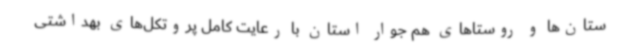
ستان‌ها و روستاهای هم جوار استان با رعایت کامل پروتکل‌های بهداشتی